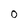
Character: o